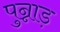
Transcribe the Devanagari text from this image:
पुन्नाड़